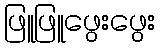
ဖြူဖြူဖွေးဖွေး